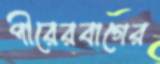
পীরেরবাগের